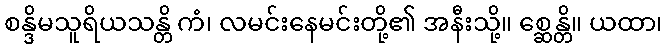
စန္ဒိမသူရိယသန္တိ ကံ၊ လမင်းနေမင်းတို့၏ အနီးသို့။ စ္ဆေန္တိ။ ယထာ၊